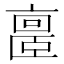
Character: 𪜥